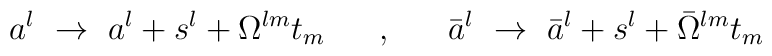
a^l~\rightarrow~a^l+s^l+\Omega^{lm}t_m~~~~~,~~~~~\bar{a}^l~\rightarrow~\bar{a}^l+s^l+\bar{\Omega}^{lm}t_m